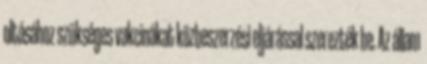
oltásához szükséges vakcinákat közbeszerzési eljárással szerezték be. Az állam